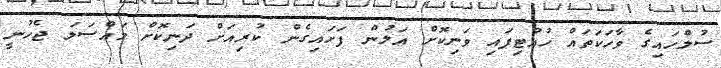
ސުލްހައިގެ ވާހަކަތައް ހުއްޓިފައި ވަނިކޮށް އަލުން ފަށައިގެން ކުރިއަށް ދަނިކޮށް މައްސަލަ ޖެހުނީ